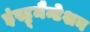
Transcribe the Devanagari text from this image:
इंस्ट्रूमैन्टेशन